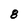
Character: 8